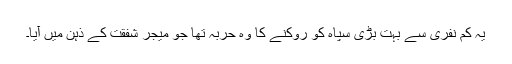
یہ کم نفری سے بہت بڑی سپاہ کو روکنے کا وہ حربہ تھا جو میجر شفقت کے ذہن میں آیا۔